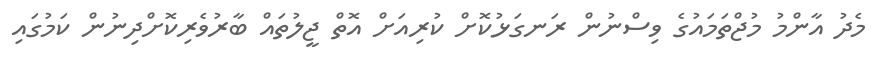
މެދު އާންމު މުޖްތަމައުގެ ވިސްނުން ރަނގަޅުކޮށް ކުރިއަށް އޮތް ޖީލުތައް ބާރުވެރިކޮށްދިނުން ކަމުގައި